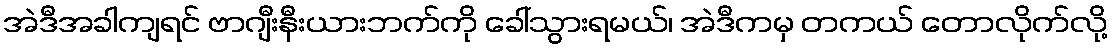
အဲဒီအခါကျရင် ဗာဂျီးနီးယားဘက်ကို ခေါ်သွားရမယ်၊ အဲဒီကမှ တကယ် တောလိုက်လို့